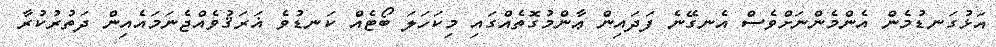
އަޅުގަނޑުމެން އެންމެންނަށްވެސް އެނގޭނެ ފަދައިން ޢާންމުގޮތެއްގައި މިކަހަލަ ބޯޓެއް ކަނޑުވެ ޣަރަޤުވެއްޖެނަމައެއިން ދަތުރުކުރާ